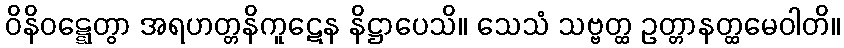
ဝိနိဝဋ္ဋေတွာ အရဟတ္တနိကူဋေန နိဋ္ဌာပေသိ။ သေသံ သဗ္ဗတ္ထ ဥတ္တာနတ္ထမေဝါတိ။